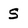
Character: S